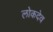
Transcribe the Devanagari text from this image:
लोकदेव